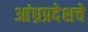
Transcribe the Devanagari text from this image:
आंध्रप्रदेशचे